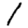
Digit: 1